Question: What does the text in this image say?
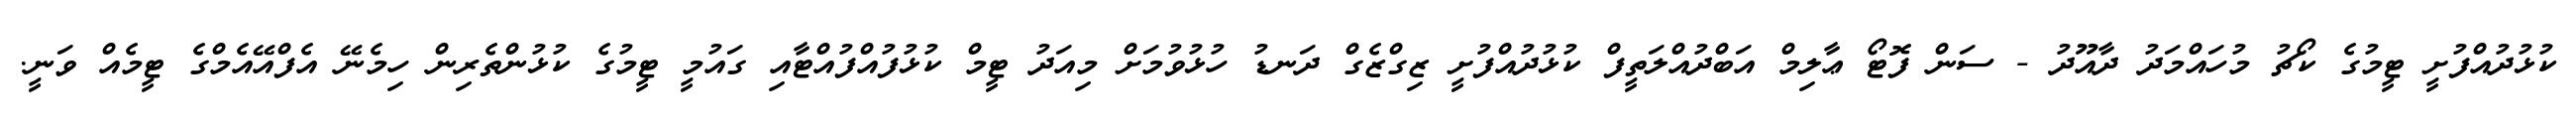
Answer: ކުޅުދުއްފުށީ ޓީމުގެ ކޯޗު މުހައްމަދު ދާއޫދު - ސަން ފޮޓޯ ޢާލިމް އަބްދުއްލަތީފް ކުޅުދުއްފުށީ ޒިގްޒެގް ދަނޑު ހުޅުވުމަށް މިއަދު ޓީމް ކުޅުފުއްފުއްޓާއި ގައުމީ ޓީމުގެ ކުޅުންތެރިން ހިމެނޭ އެފްއޭއެމްގެ ޓީމެއް ވަނީ.